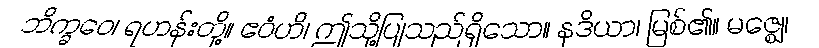
ဘိက္ခဝေ၊ ရဟန်းတို့။ ဧဝံဟိ၊ ဤသို့ပြုသည်ရှိသော။ နဒိယာ၊ မြစ်၏။ မဇ္ဈေ၊